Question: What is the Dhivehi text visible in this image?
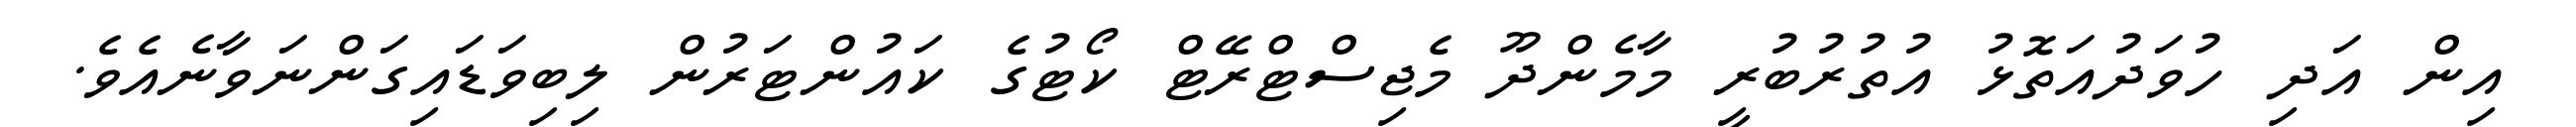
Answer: އިން އަދި ހުވަދުއަތޮޅު އުތުރުބުރީ މާމެންދޫ މެޖިސްޓްރޭޓް ކޯޓުގެ ކައުންޓަރުން ލިބިވަޑައިގަންނަވާނެއެވެ.